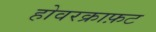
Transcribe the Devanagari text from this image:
होवरक्राफ़ट